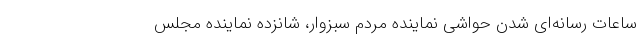
ساعات رسانه‌ای شدن حواشی نماینده مردم سبزوار، شانزده نماینده مجلس